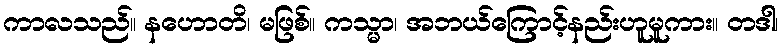
ကာလသည်။ နဟောတိ၊ မဖြစ်။ ကသ္မာ၊ အဘယ်ကြောင့်နည်းဟူမူကား။ တဒါ၊